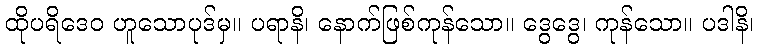
ထိုပရိဒေဝ ဟူသောပုဒ်မှ။ ပရာနိ၊ နောက်ဖြစ်ကုန်သော။ ဒွေဒွေ၊ ကုန်သော။ ပဒါနိ၊